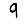
Digit: 9